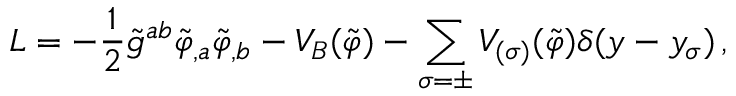
{ \cal L } = - \frac { 1 } { 2 } \tilde { g } ^ { a b } \tilde { \varphi } _ { , a } \tilde { \varphi } _ { , b } - V _ { B } ( \tilde { \varphi } ) - \sum _ { \sigma = \pm } V _ { ( \sigma ) } ( \tilde { \varphi } ) \delta ( y - y _ { \sigma } ) \, ,